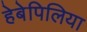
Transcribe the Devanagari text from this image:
हेबेपिलिया